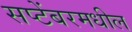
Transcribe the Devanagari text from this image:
सप्टेंबरमधील